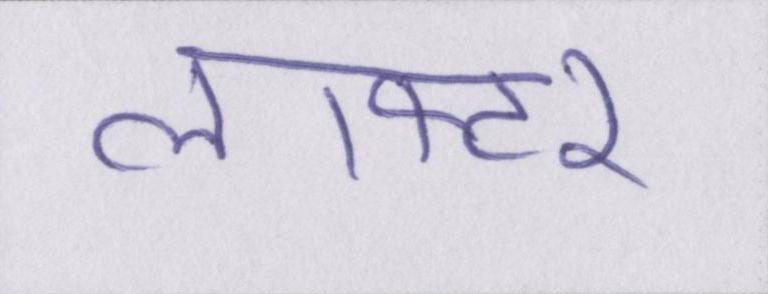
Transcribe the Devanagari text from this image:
लाफ्टर